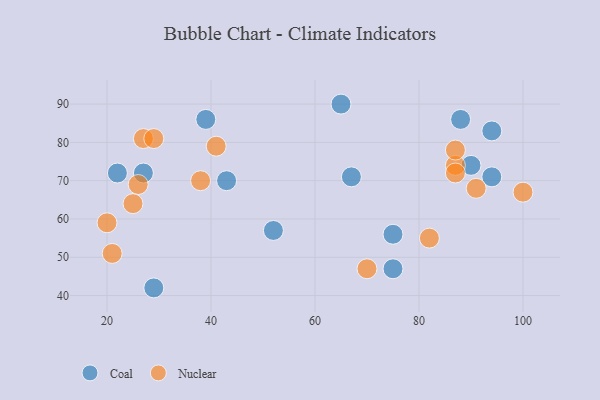
{"axis": {"x": "GDP", "y": "Life Expectancy"}, "legend": ["Coal", "Nuclear"], "data": [{"x": "94", "y": 83, "type": "Coal"}, {"x": "27", "y": 72, "type": "Coal"}, {"x": "88", "y": 86, "type": "Coal"}, {"x": "67", "y": 71, "type": "Coal"}, {"x": "94", "y": 71, "type": "Coal"}, {"x": "29", "y": 42, "type": "Coal"}, {"x": "65", "y": 90, "type": "Coal"}, {"x": "39", "y": 86, "type": "Coal"}, {"x": "90", "y": 74, "type": "Coal"}, {"x": "75", "y": 56, "type": "Coal"}, {"x": "43", "y": 70, "type": "Coal"}, {"x": "75", "y": 47, "type": "Coal"}, {"x": "22", "y": 72, "type": "Coal"}, {"x": "52", "y": 57, "type": "Coal"}, {"x": "82", "y": 55, "type": "Nuclear"}, {"x": "21", "y": 51, "type": "Nuclear"}, {"x": "41", "y": 79, "type": "Nuclear"}, {"x": "70", "y": 47, "type": "Nuclear"}, {"x": "87", "y": 74, "type": "Nuclear"}, {"x": "91", "y": 68, "type": "Nuclear"}, {"x": "20", "y": 59, "type": "Nuclear"}, {"x": "38", "y": 70, "type": "Nuclear"}, {"x": "87", "y": 78, "type": "Nuclear"}, {"x": "26", "y": 69, "type": "Nuclear"}, {"x": "100", "y": 67, "type": "Nuclear"}, {"x": "27", "y": 81, "type": "Nuclear"}, {"x": "29", "y": 81, "type": "Nuclear"}, {"x": "25", "y": 64, "type": "Nuclear"}, {"x": "87", "y": 72, "type": "Nuclear"}]}